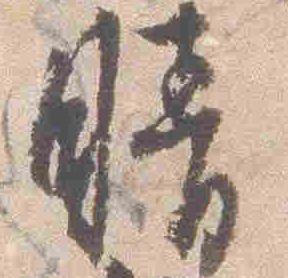
晴